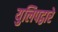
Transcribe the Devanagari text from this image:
युलिपद्वारे